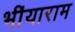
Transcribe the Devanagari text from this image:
भींयाराम